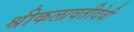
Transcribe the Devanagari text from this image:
श्रीकलावतीदेवी